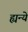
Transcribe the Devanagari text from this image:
ह्यन्ये